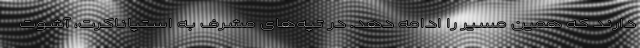
دارند که همین مسیر را ادامه دهد. در تپه‌های مشرف به استپاناکرت، آشوت